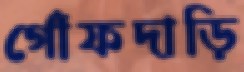
গোঁফদাড়ি